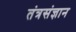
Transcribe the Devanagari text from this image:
तंत्रसंज्ञान